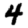
Digit: 4